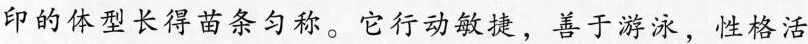
印的体型长得苗条匀称。它行动敏捷，善于游泳，性格活